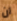
أن